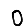
Digit: 0